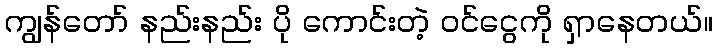
ကျွန်တော် နည်းနည်း ပို ကောင်းတဲ့ ဝင်ငွေကို ရှာနေတယ်။